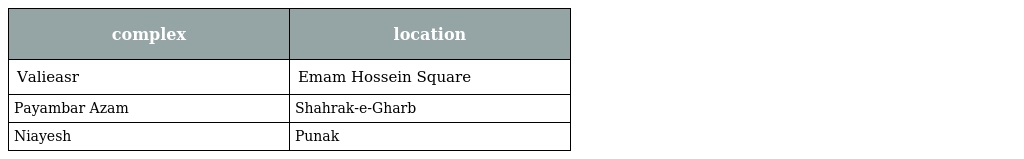
| complex | location |
 | --- | --- |
 | Valieasr | Emam Hossein Square |
 | Payambar Azam | Shahrak-e-Gharb |
 | Niayesh | Punak |